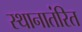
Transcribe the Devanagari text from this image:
स्थानातंरित